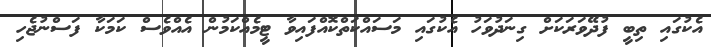
އެކުގައި ތިބީ ފުދޭވަރަކަށް ގިނަދުވަހު އެކުގައި މަސައްކަތްކޮއްފައިވާ ޓީމެއްކަމުން އެއްވެސް ކަމަކާ ފަސްނުޖެހި